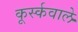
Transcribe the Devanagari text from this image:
कूर्स्कवाले